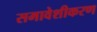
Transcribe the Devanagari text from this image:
समावेशीकरण